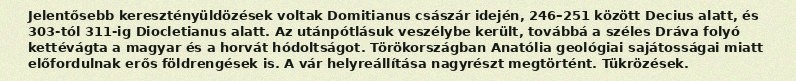
Jelentősebb keresztényüldözések voltak Domitianus császár idején, 246–251 között Decius alatt, és 303-tól 311-ig Diocletianus alatt. Az utánpótlásuk veszélybe került, továbbá a széles Dráva folyó kettévágta a magyar és a horvát hódoltságot. Törökországban Anatólia geológiai sajátosságai miatt előfordulnak erős földrengések is. A vár helyreállítása nagyrészt megtörtént. Tükrözések.